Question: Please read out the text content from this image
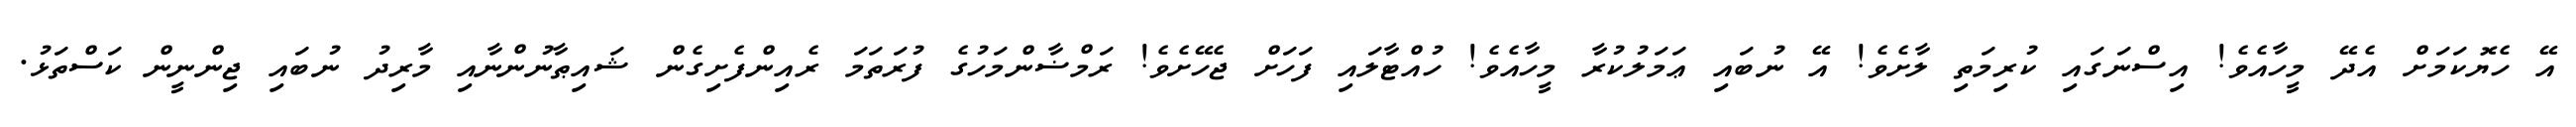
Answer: އޭ ހެޔޮކަމަށް އެދޭ މީހާއެވެ! އިސްނަގައި ކުރިމަތި ލާށެވެ! އޭ ނުބައި ޢަމަލުކުރާ މީހާއެވެ! ހުއްޓާލައި ފަހަށް ޖެހޭށެވެ! ރަމްޟާންމަހުގެ ފުރަތަމަ ރެއިންފެށިގެން ޝައިޠާނުންނާއި މާރިދު ނުބައި ޖިންނީން ކަސްތަޅު.